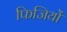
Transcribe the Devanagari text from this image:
फिजियों